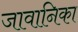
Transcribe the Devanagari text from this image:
जावानिका